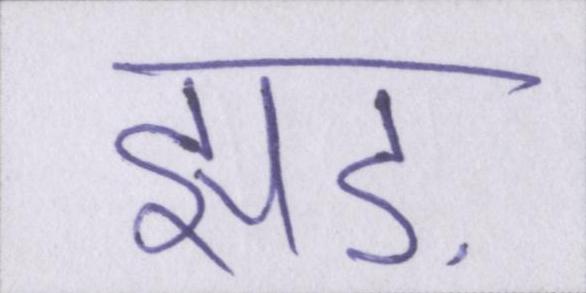
झाड़